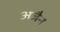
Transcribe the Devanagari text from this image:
अजैन